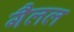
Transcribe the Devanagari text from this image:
गैलल